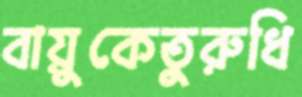
বায়ুকেতুরুধি